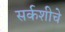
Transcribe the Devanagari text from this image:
सर्कशीचे